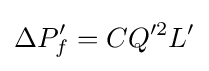
\Delta P_{f}'=CQ'^{2}L'